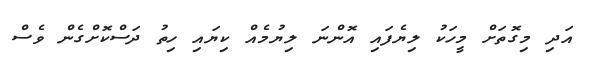
އަދި މިގޮތަށް މީހަކު ލިޔެފައި އޮންނަ ލިޔުމެއް ކިޔައި ހިތު ދަސްކޮށްގެން ވެސް